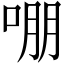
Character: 𭈒